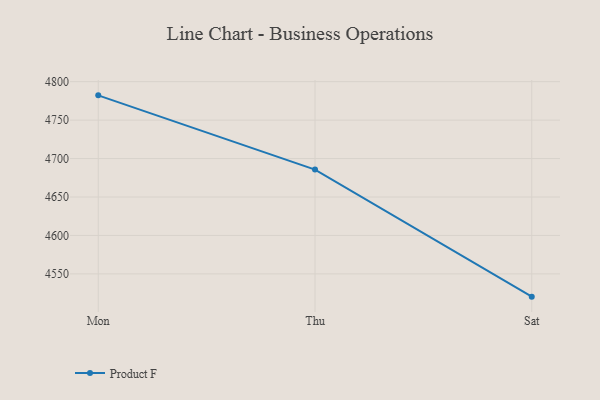
{"axis": {"x": "Day", "y": "Customer Acquisition Cost (USD)"}, "legend": ["Product F"], "data": [{"x": "Mon", "y": 4782.2, "type": "Product F"}, {"x": "Thu", "y": 4685.7, "type": "Product F"}, {"x": "Sat", "y": 4520.4, "type": "Product F"}]}